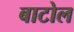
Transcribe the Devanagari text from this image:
बाटोल